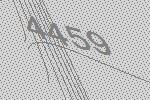
4459